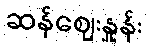
ဆန်ဈေးနှုန်း